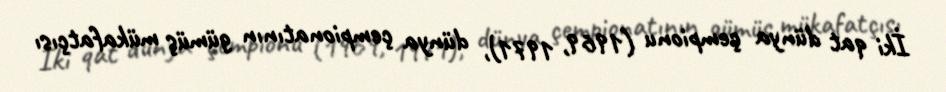
İki qat dünya çempionu (1969, 1971), dünya çempionatının gümüş mükafatçısı